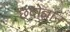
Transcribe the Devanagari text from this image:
छंदोज्ञान